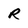
Character: R